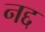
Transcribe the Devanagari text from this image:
नद्द